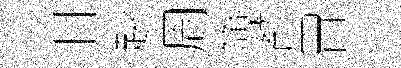
旧赳周簿顏胃